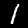
Label: 1